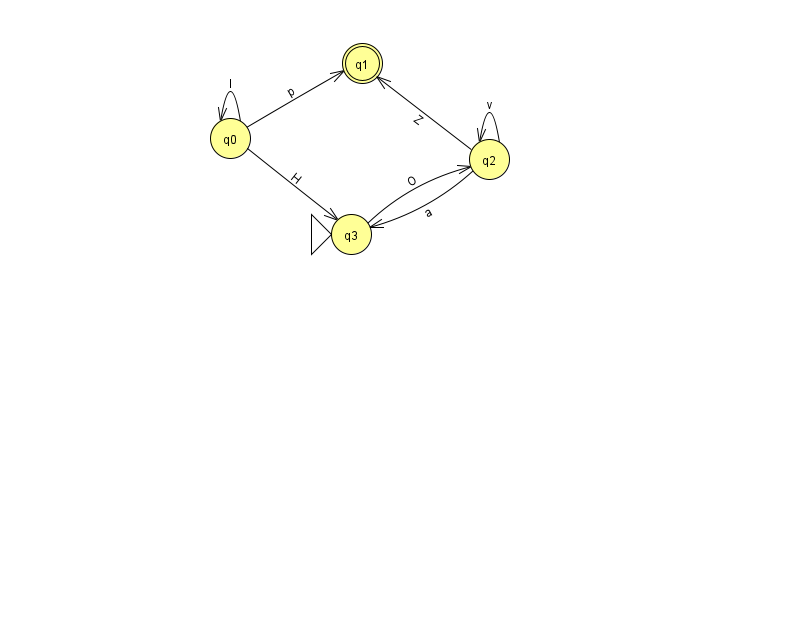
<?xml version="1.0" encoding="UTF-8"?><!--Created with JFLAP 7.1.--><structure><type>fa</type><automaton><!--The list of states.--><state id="0" name="q0"><x>230.0</x><y>125.0</y></state><state id="1" name="q1"><x>362.0</x><y>50.0</y><final/></state><state id="2" name="q2"><x>489.0</x><y>146.0</y></state><state id="3" name="q3"><x>351.0</x><y>221.0</y><initial/></state><!--The list of transitions.--><transition><from>0</from><to>1</to><read>p</read></transition><transition><from>2</from><to>2</to><read>v</read></transition><transition><from>2</from><to>3</to><read>a</read></transition><transition><from>0</from><to>0</to><read>I</read></transition><transition><from>3</from><to>2</to><read>O</read></transition><transition><from>0</from><to>3</to><read>H</read></transition><transition><from>2</from><to>1</to><read>Z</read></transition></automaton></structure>